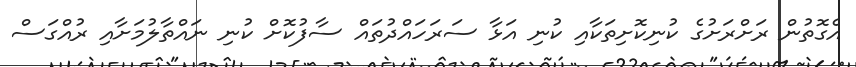
އެގޮތުން ރަށްރަށުގެ ކުނިކޮށިތަކާއި ކުނި އަޅާ ސަރަހައްދުތައް ސާފުކޮށް ކުނި ނައްތާލުމަށާއި ރުއްގަސް